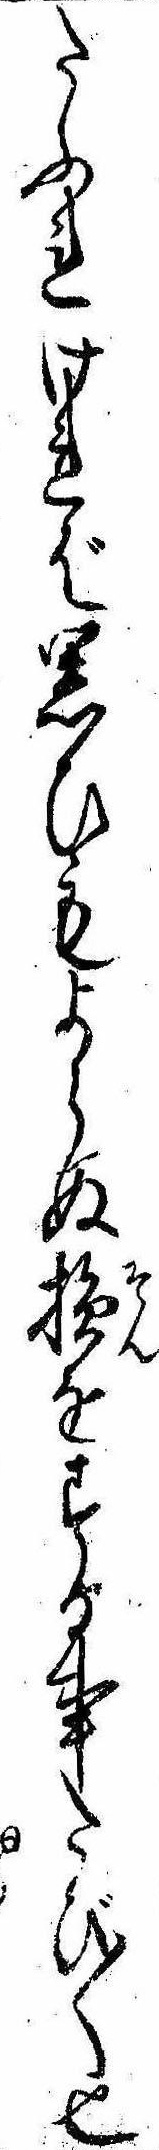
たふれければ思ひもよらぬ損をする事たび〱也